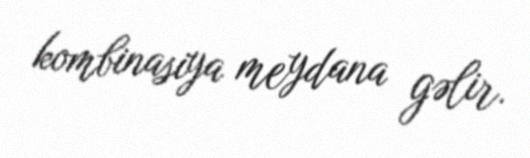
kombinasiya meydana gəlir.